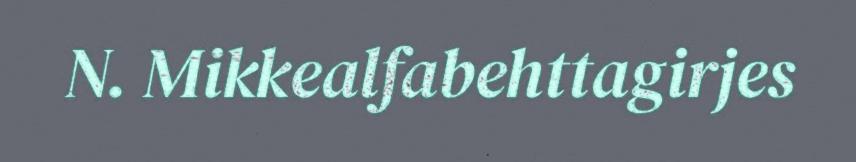
N. Mikkealfabehttagirjes